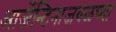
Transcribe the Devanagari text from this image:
आर्जेन्टिनाजवळच्या